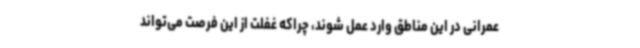
عمرانی در این مناطق وارد عمل شوند، چراکه غفلت از این فرصت می‌تواند